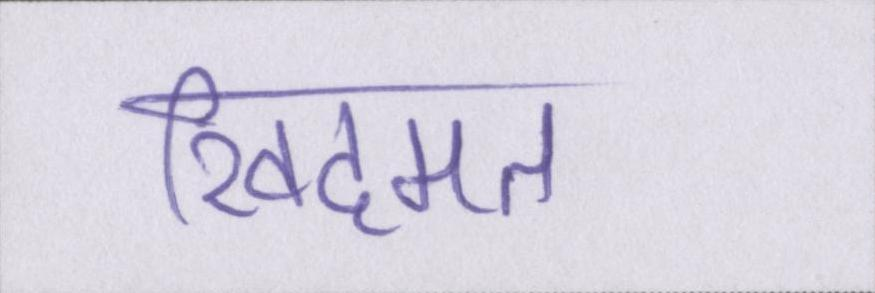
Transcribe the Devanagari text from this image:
खिदमत